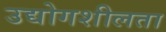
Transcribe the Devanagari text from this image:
उद्योगशीलता